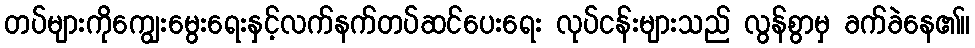
တပ်များကိုကျွေးမွေးရေးနှင့်လက်နက်တပ်ဆင်ပေးရေး လုပ်ငန်းများသည် လွန်စွာမှ ခက်ခဲနေ၏။